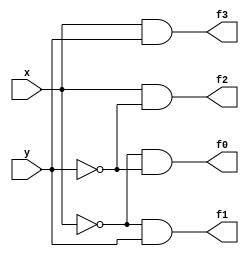
module decoder_2to4_gates (x,y,f0,f1,f2,f3);
input x,y;
output f0,f1,f2,f3;

wire n1,n2;

not i1 (n1,x);
not i2 (n2,y);
and a1 (f0,n1,n2);
and a2 (f1,n1,y);
and a3 (f2,x,n2);
and a4 (f3,x,y);

endmodule